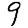
Digit: 9